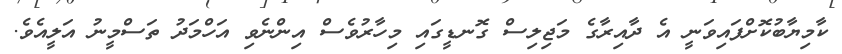
ކާމިޔާބުކޮށްފައިވަނީ އެ ދާއިރާގެ މަޖިލިސް ގޮނޑީގައި މިހާރުވެސް އިންނެވި އަހްމަދު ތަސްމީނު އަލީއެވެ.